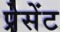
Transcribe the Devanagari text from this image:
प्रेसेंट